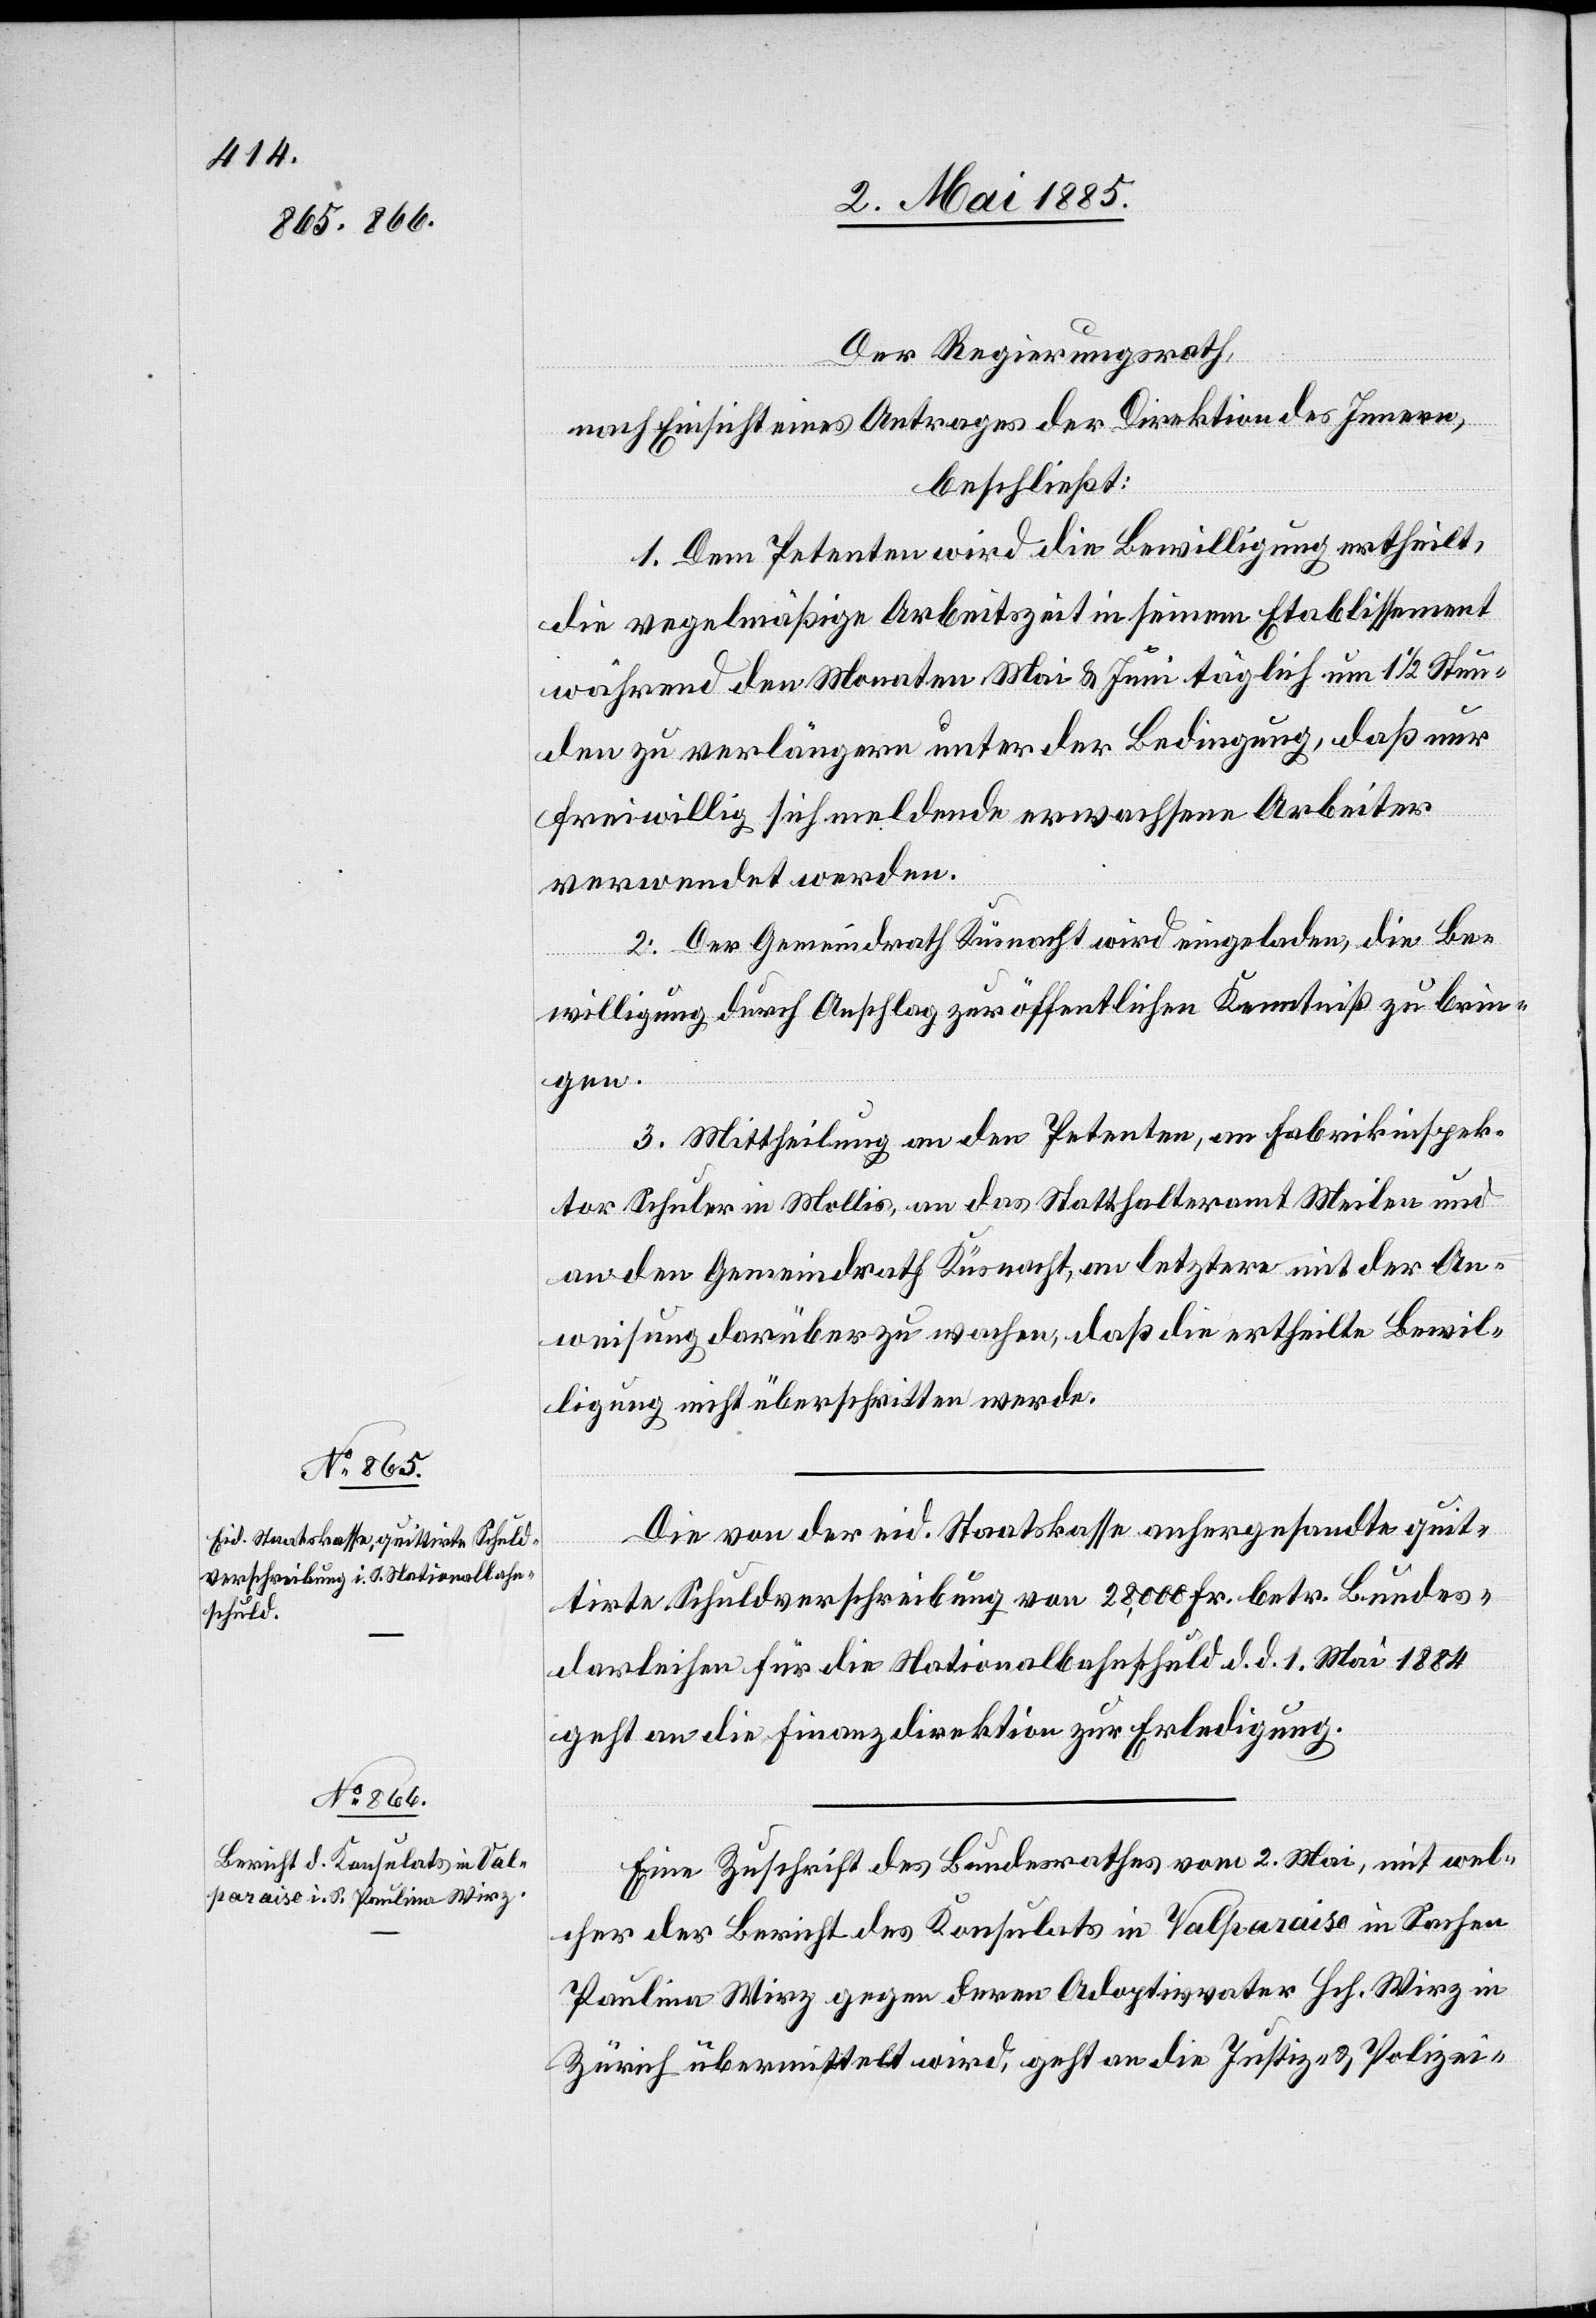
Der Regierungsrath,
nach Einsicht eines Antrages der Direktion des Innern,
beschließt:
1. Dem Petenten wird die Bewilligung ertheilt,
die regelmäßige Arbeitszeit in seinem Etablissement
während den Monaten Mai & Juni täglich um 1 1/2 Stun¬
den zu verlängern unter der Bedingung, daß nur
freiwillig sich meldende erwachsene Arbeiter
verwendet werden.
2. Der Gemeindrath Küsnacht wird eingeladen, die Be¬
willigung durch Anschlag zur öffentlichen Kenntniß zu brin¬
gen.
3. Mittheilung an den Petenten, an Fabrikinspek¬
tor Schuler in Mollis, an das Statthalteramt Meilen und
an den Gemeindrath Küsnacht, an letztere mit der An¬
weisung darüber zu wachen, daß die ertheilte Bewil¬
ligung nicht überschritten werde.
Die von der eid. Staatskasse anhergesandte quit¬
tirte Schuldverschreibung von 28,000 Fr. betr. Bundes¬
darleihen für die Nationalbahnschuld d. d. 1. Mai 1884
geht an die Finanzdirektion zur Erledigung.
Eine Zuschrift des Bundesrathes vom 2. Mai, mit wel¬
cher der Bericht des Konsulats in Valparaiso in Sachen
Paulina Wirz gegen deren Adoptivvater Hch. Wirz in
Zürich übermittelt wird, geht an die Justiz- & Polizei-